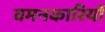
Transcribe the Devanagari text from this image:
वमनकारियों